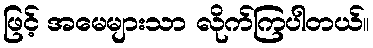
ဖြင့် အမေများသာ လိုက်ကြပါတယ်။